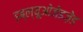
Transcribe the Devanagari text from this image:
डब्ल्यूओज़ेडज़ेड